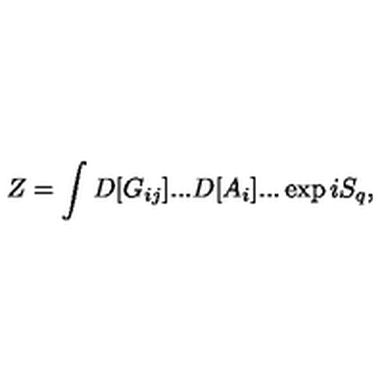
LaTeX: Z = \int D [ G _ { i j } ] . . . D [ A _ { i } ] . . . \exp i S _ { q } ,